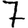
Digit: 7